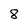
Character: 8